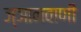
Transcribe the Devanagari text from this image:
ज्ञानवाणी